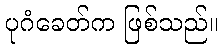
ပုဂံခေတ်က ဖြစ်သည်။